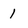
Character: 1